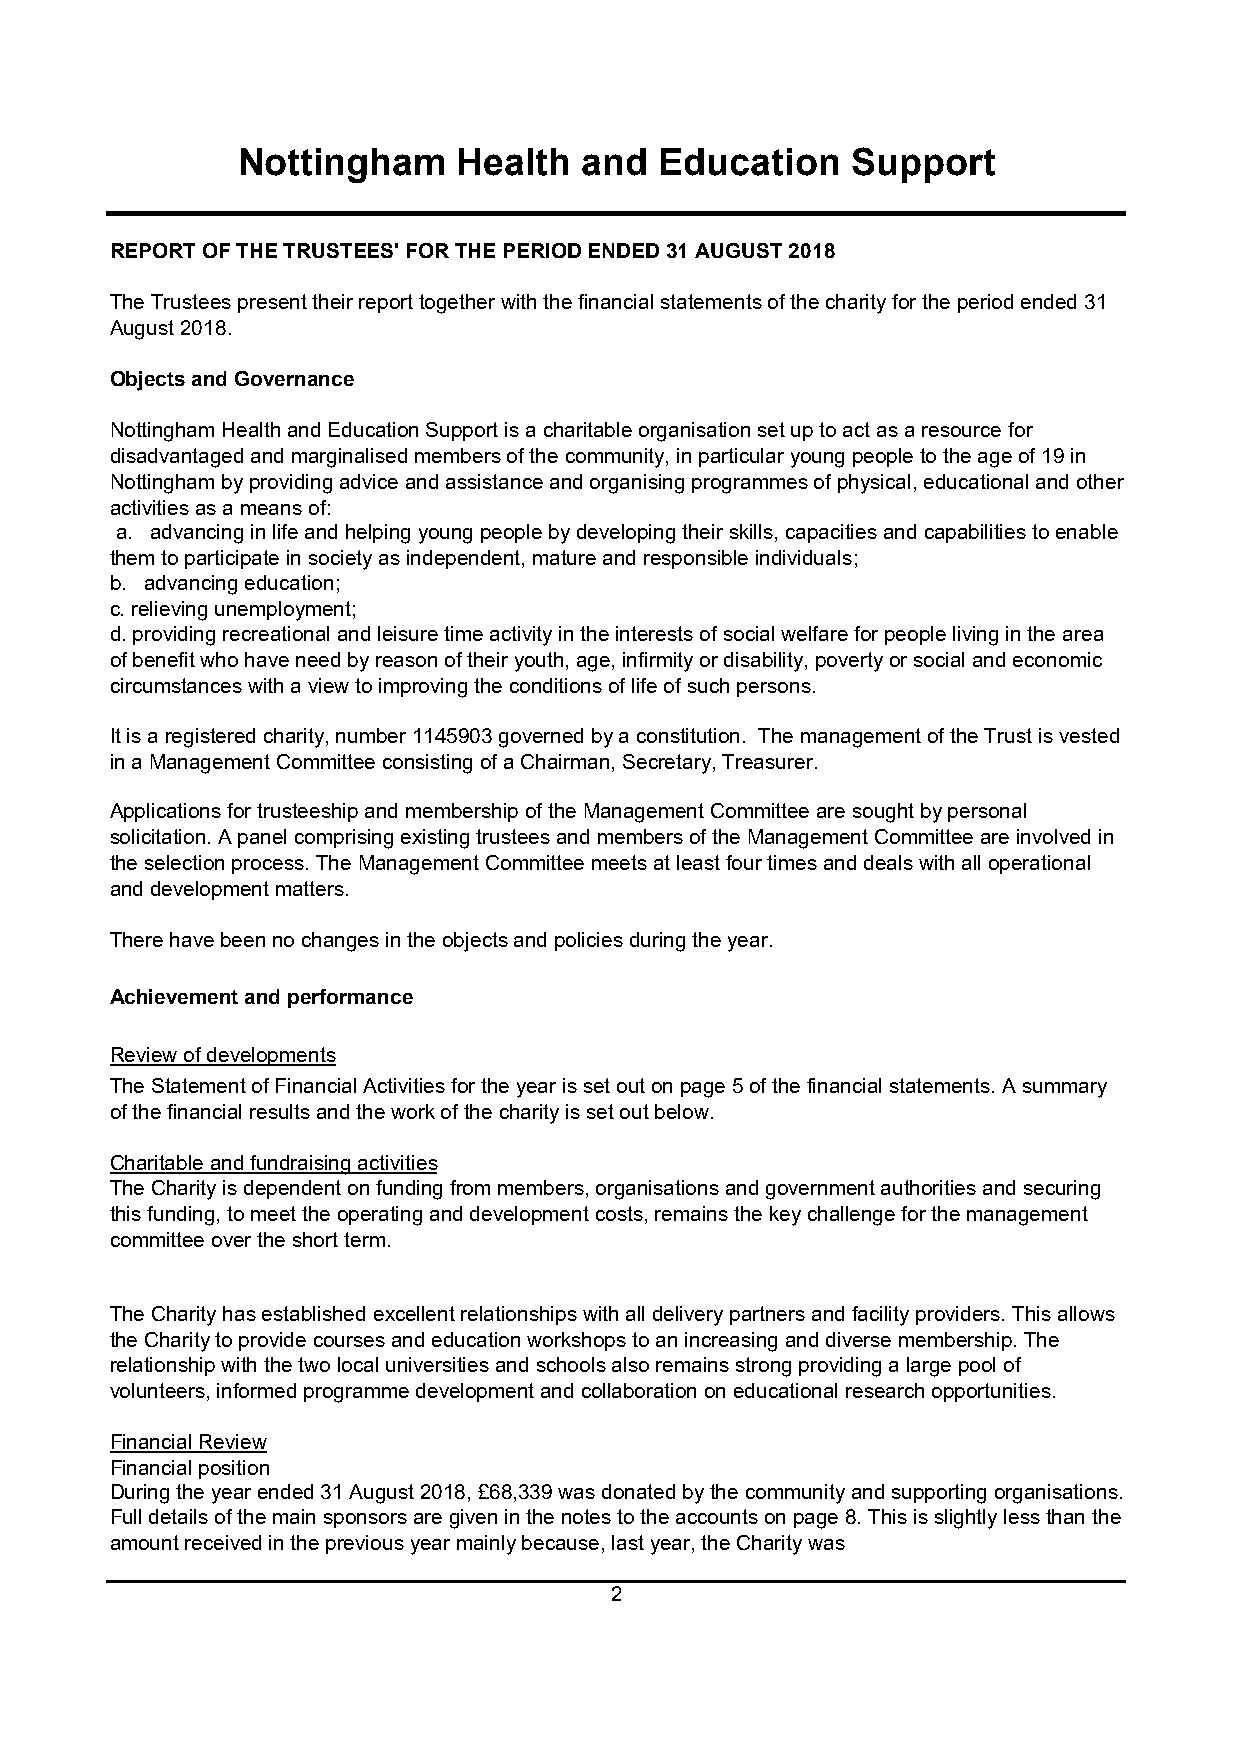
Nottingham    Health   and  Education   Support
 REPORT OF THE TRUSTEES' FOR THE PERIOD ENDED 31 AUGUST 2018
 The Trustees present their report together with the financial statements of the charity for the period ended 31
 August 2018.
 Objects and Governance
 Nottingham Health and Education Support is a charitable organisation set up to act as a resource for
 disadvantaged and marginalised members of the community, in particular young people to the age of 19 in
 Nottingham by providing advice and assistance and organising programmes of physical, educational and other
 activities as a means of:
 a. advancing in life and helping young people by developing their skills, capacities and capabilities to enable
 them to participate in society as independent, mature and responsible individuals;
 b. advancing education;
 c.relieving unemployment;
 d.providing recreational and leisure time activity in the interests of social welfare for people living in the area
 of benefit who have need by reason of their youth, age, infirmity or disability, poverty or social and economic
 circumstances with a view to improving the conditions of life of such persons.
 It is a registered charity, number 1145903 governed by a constitution. The management of the Trust is vested
 in a Management Committee consisting of a Chairman, Secretary, Treasurer.
 Applications for trusteeship and membership of the Management Committee are sought by personal
 solicitation. A panel comprising existing trustees and members of the Management Committee are involved in
 the selection process. The Management Committee meets at least four times and deals with all operational
 and development matters.
 There have been no changes in the objects and policies during the year.
 Achievement and performance
 Review of developments
 The Statement of Financial Activities for the year is set out on page 5 of the financial statements. A summary
 of the financial results and the work of the charity is set out below.
 Charitable and fundraising activities
 The Charity is dependent on funding from members, organisations and government authorities and securing
 this funding, to meet the operating and development costs, remains the key challenge for the management
 committee over the short term.
 The Charity has established excellent relationships with all delivery partners and facility providers. This allows
 the Charity to provide courses and education workshops to an increasing and diverse membership. The
 relationship with the two local universities and schools also remains strong providing a large pool of
 volunteers, informed programme development and collaboration on educational research opportunities.
 Financial Review
 Financial position
 During the year ended 31 August 2018, £68,339 was donated by the community and supporting organisations.
 Full details of the main sponsors are given in the notes to the accounts on page 8. This is slightly less than the
 amount received in the previous year mainly because, last year, the Charity was
 2